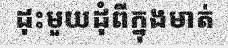
ដុះមួយដុំពីក្នុងមាត់